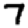
Digit: 7